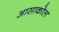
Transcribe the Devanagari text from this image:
आसाकोल